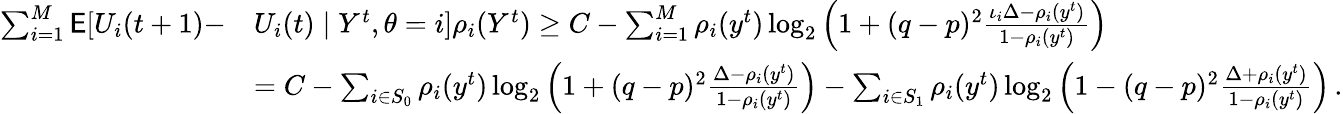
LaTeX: \begin{array}{rl}{\sum_{i=1}^{M}\mathsf{E}[U_{i}(t+1)-}&{U_{i}(t)\mid Y^{t},\theta=i]\rho_{i}(Y^{t})\ge C-\sum_{i=1}^{M}\rho_{i}(y^{t})\log_{2}\left(1+(q-p)^{2}\frac{\iota_{i}\Delta-\rho_{i}(y^{t})}{1-\rho_{i}(y^{t})}\right)}\\ &{=C-\sum_{i\in S_{0}}\rho_{i}(y^{t})\log_{2}\left(1+(q-p)^{2}\frac{\Delta-\rho_{i}(y^{t})}{1-\rho_{i}(y^{t})}\right)-\sum_{i\in S_{1}}\rho_{i}(y^{t})\log_{2}\left(1-(q-p)^{2}\frac{\Delta+\rho_{i}(y^{t})}{1-\rho_{i}(y^{t})}\right)\, .}\end{array}